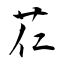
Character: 芢